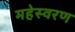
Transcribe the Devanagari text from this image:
महेस्वरण